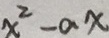
x ^ { 2 } - a x